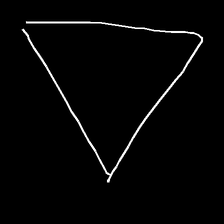
Glyph: convergence